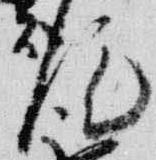
従